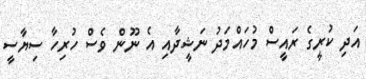
އަދި ކުރީގެ ރައީސް މުހައްމަދު ނަޝީދާއި އެ ނޫން ވެސް ހުރިހާ ސިޔާސީ